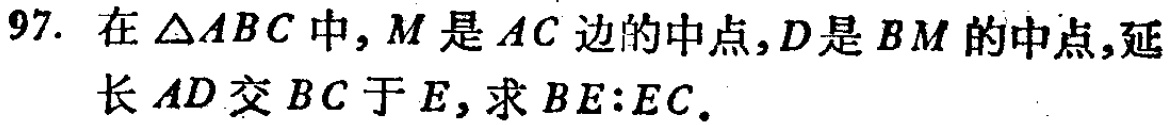
97. 在$\triangle ABC$中，$M$是$AC$边的中点，$D$是$BM$的中点，延长$AD$交$BC$于$E$，求$BE:EC$。